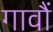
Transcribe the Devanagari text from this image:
गावौं